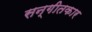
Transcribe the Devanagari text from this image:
सन्गीतकार